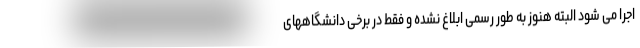
اجرا می شود البته هنوز به طور رسمی ابلاغ نشده و فقط در برخی دانشگاههای